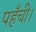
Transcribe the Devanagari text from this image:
पहँची।